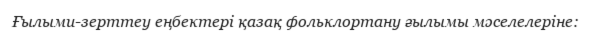
Ғылыми-зерттеу еңбектері қазақ фольклортану ғылымы мәселелеріне: